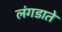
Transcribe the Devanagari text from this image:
लंगडाते